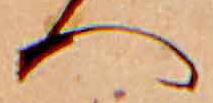
へ